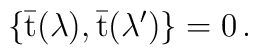
\{ \bar {\mbox {t}}(\lambda ) , \bar {\mbox {t}}(\lambda ^\prime) \} =0 \, .